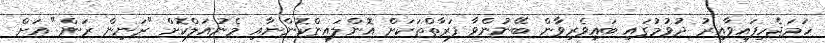
ހަމަޖެހިފައިވާއިރު ދުވުމުގައި ބައިވެރިވާން ބޭނުންވާ ފަރާތްތަކަށް އޮންލައިންކޮންނާއި މެނުއަލްކޮށް "ރަނިން ރަން" އަށް